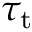
\tau _ { \mathrm { t } }